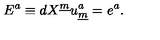
E ^ { a } \equiv d X ^ { \underline { { m } } } u _ { \underline { { m } } } ^ { a } = e ^ { a } .